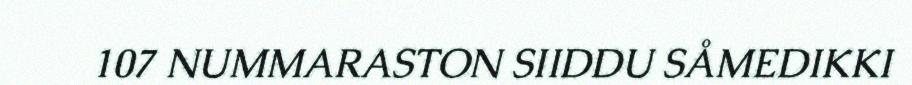
107 NUMMARASTON SIIDDU SÅMEDIKKI